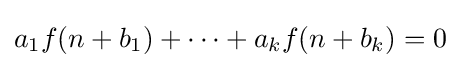
a_{1}f(n+b_{1})+\cdots +a_{k}f(n+b_{k})=0